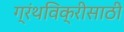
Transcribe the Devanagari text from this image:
ग्रंथविक्रीसाठी